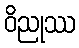
ဝိညုဿ